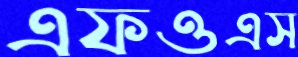
এফওএস